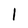
Character: 1